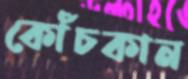
কোঁচকান